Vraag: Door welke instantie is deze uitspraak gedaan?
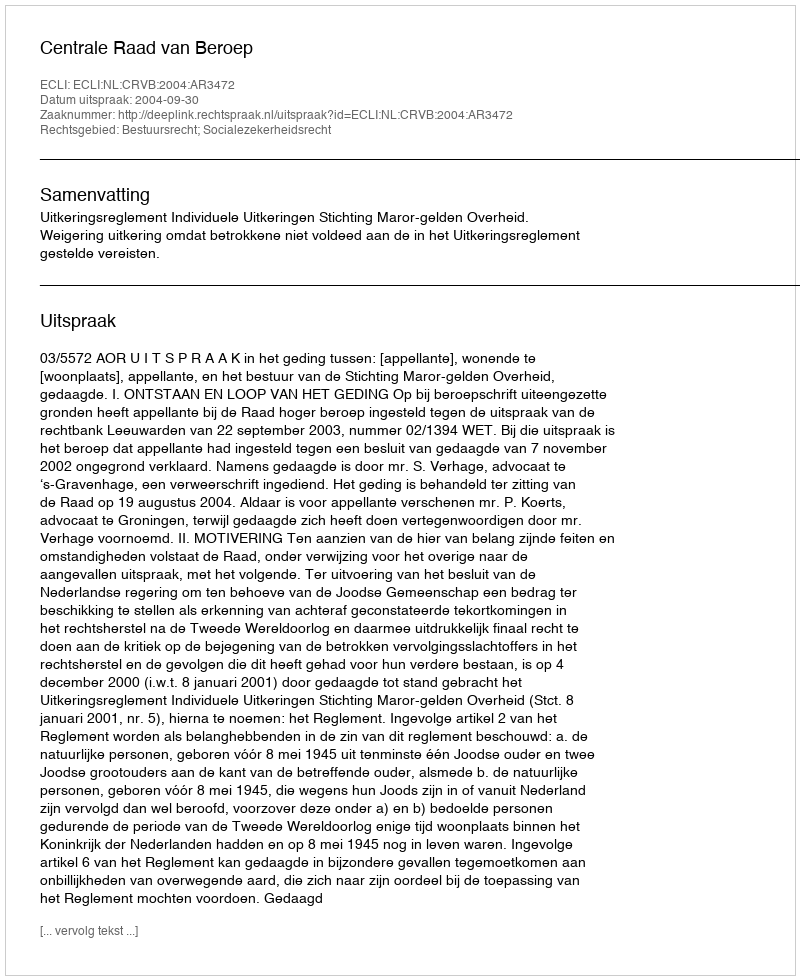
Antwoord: Centrale Raad van Beroep